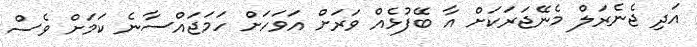
އަދި ޖެނެރަލް މެނޭޖަރަކަށް އާ ބޭފުޅެއް ވަރަށް އަވަހަށް ހަމަޖައްސާނެ ކަމަށް ވެސް